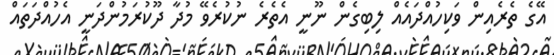
އޭގެ ތެރެއިން ވަކިހުއްދައެއް ލިބިގެން ނޫނީ އެތެރެ ނުކުރެވޭ މުދާ ދޫކުރަމުންދަނީ އެހުއްދަތައް